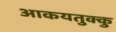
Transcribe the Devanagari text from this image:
आकयतुक्कु